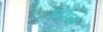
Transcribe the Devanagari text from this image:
ख़शक